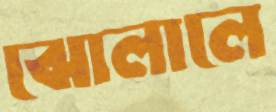
ঝোলালে